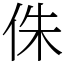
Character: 侏